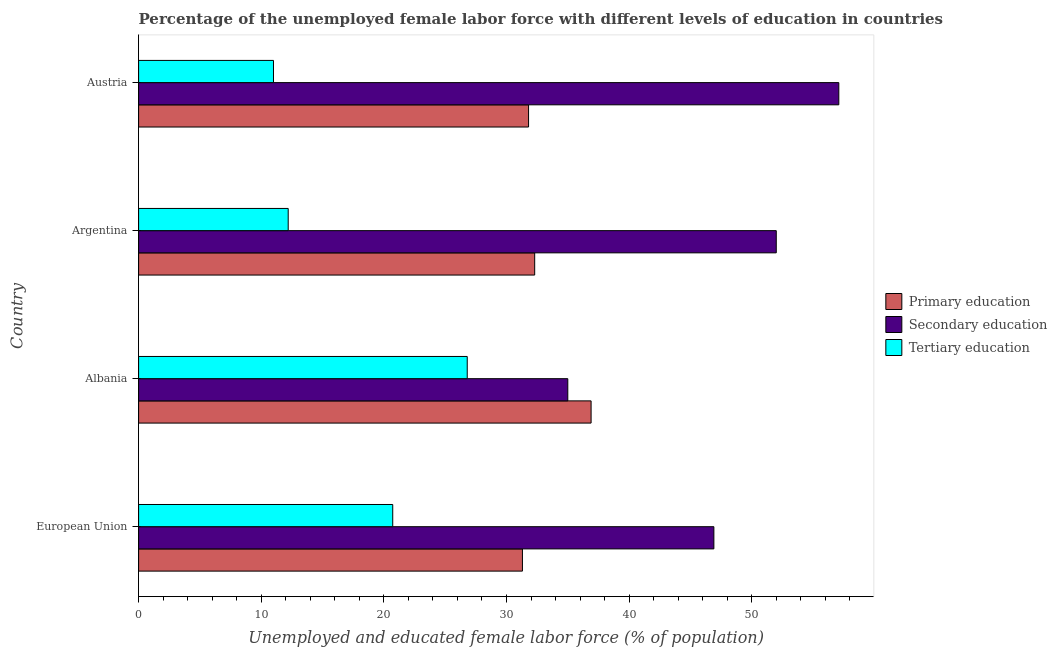
| Country | Primary education | Secondary education | Tertiary education |
 | --- | --- | --- | --- |
 | European Union | 31.3 | 46.9 | 20.7 |
 | Albania | 36.9 | 35 | 26.8 |
 | Argentina | 32.3 | 52 | 12.2 |
 | Austria | 31.8 | 57.1 | 11 |